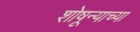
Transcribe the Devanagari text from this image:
शोषून्याच्या